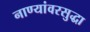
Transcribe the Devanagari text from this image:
नाण्यांवरसुद्धा